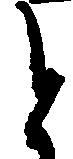
と